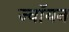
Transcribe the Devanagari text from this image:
ज्वॉयन